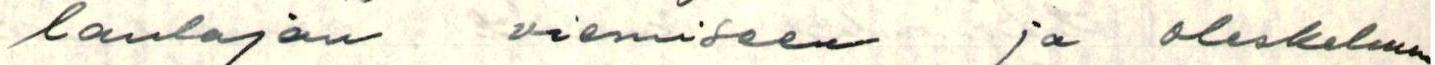
laulajan viemiseen ja oleskeluun